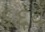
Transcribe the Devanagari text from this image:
६६वें